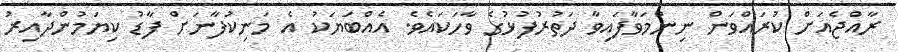
ރާއްޖެއަށް ކުރައްވަން ނިންމަވާފައިވާ ދަތުރުފުޅުގެ ވާހަކައެވެ. އެއްބަޔަކު އެ މަނިކުފާނަށް ފާޑު ކިޔަމުންދާއިރު